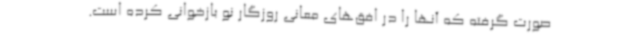
صورت گرفته که آنها را در افق‌های معانی روزگار نو بازخوانی کرده است.